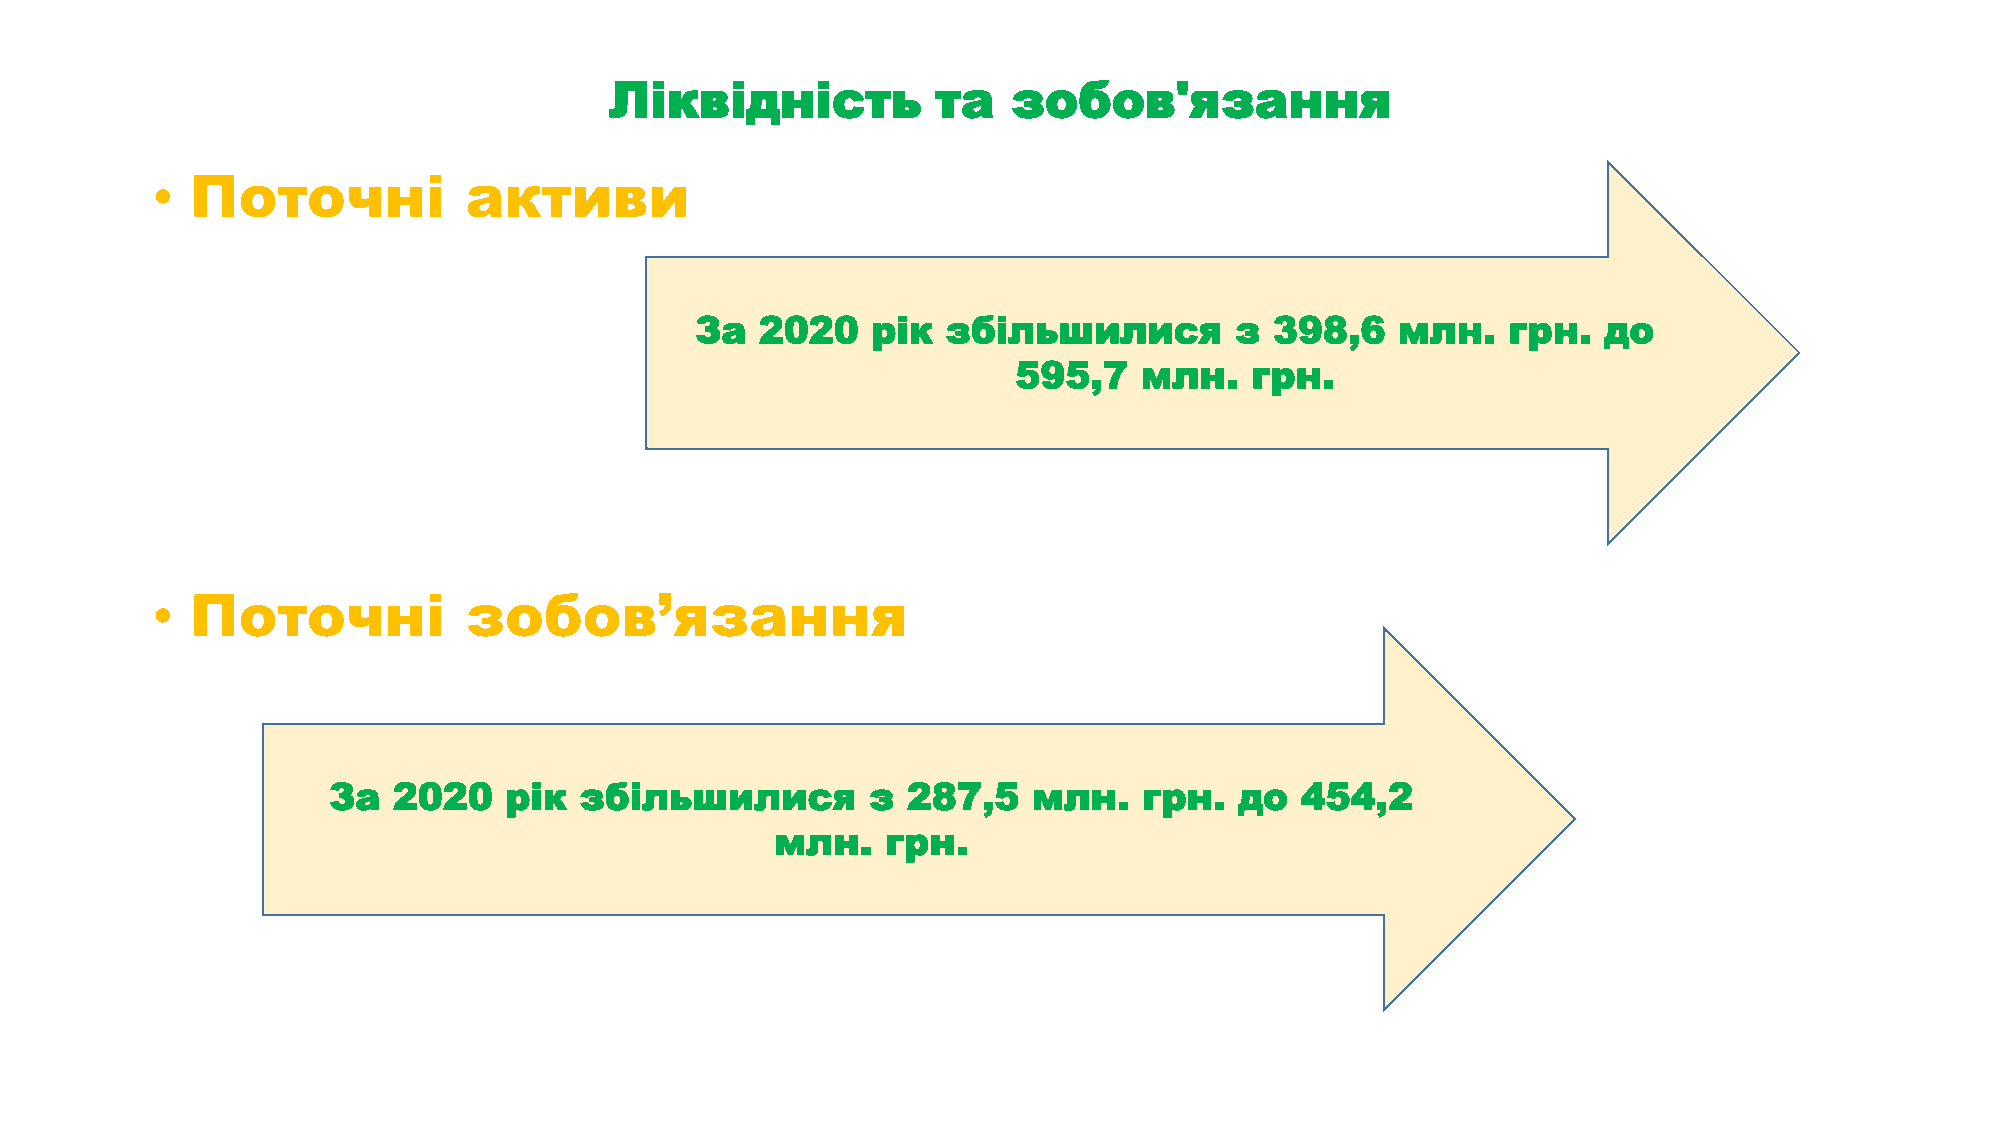
Ліквідність           та   зобов'язання
 •  Поточні           активи
 За  2020    рік  збільшилися        з 398,6    млн.   грн.  до
 595,7   млн.    грн.
 •  Поточні           зобов’язання
 За  2020   рік  збільшилися        з  287,5   млн.    грн.  до  454,2
 млн.    грн.